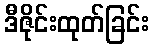
ဒီဇိုင်းထုတ်ခြင်း